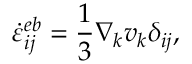
\dot { \varepsilon } _ { i j } ^ { e b } = \frac { 1 } { 3 } \nabla _ { k } v _ { k } \delta _ { i j } ,